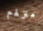
منزلهم